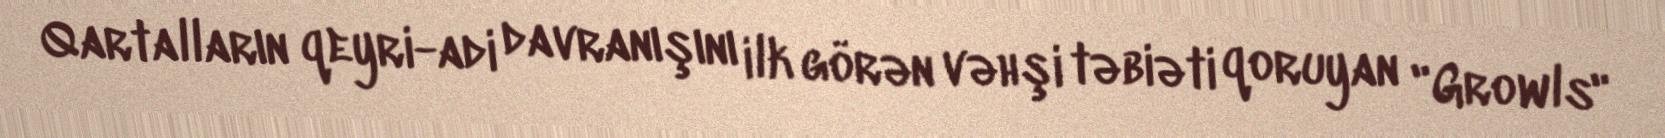
Qartalların qeyri-adi davranışını ilk görən vəhşi təbiəti qoruyan "Growls"